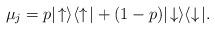
LaTeX: \begin{align*}\mu_j = p|\!\uparrow\rangle\langle\uparrow\!| +(1-p) |\!\downarrow\rangle\langle\downarrow\!|.\end{align*}